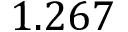
1 . 2 6 7